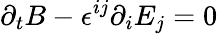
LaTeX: \partial_{t}B-\epsilon^{ij}\partial_{i}E_{j}=0